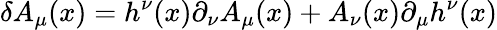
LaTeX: \delta A_{\mu}(x)=h^{\nu}(x)\partial_{\nu}A_{\mu}(x)+A_{\nu}(x)\partial_{\mu}h^{\nu}(x)